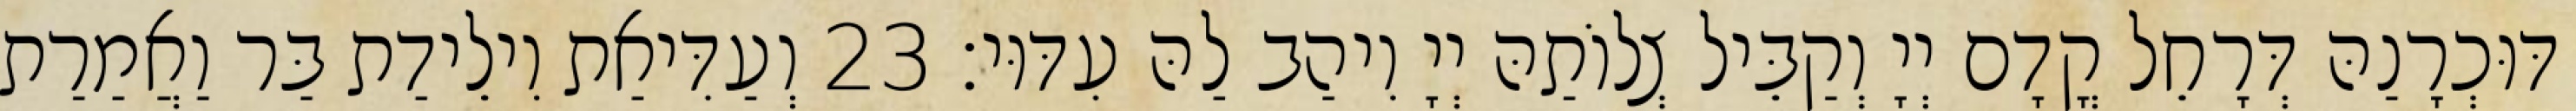
דּוּכְרָנַהּ דְּרָחֵל קֳדָם יְיָ וְקַבֵּיל צְלוֹתַהּ יְיָ וִיהַב לַהּ עִדּוּי׃ 23 וְעַדִּיאַת וִילֵידַת בַּר וַאֲמַרַת